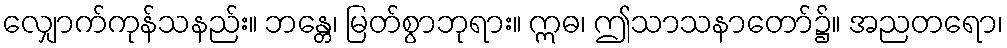
လျှောက်ကုန်သနည်း။ ဘန္တေ၊ မြတ်စွာဘုရား။ ဣဓ၊ ဤသာသနာတော်၌။ အညတရော၊